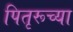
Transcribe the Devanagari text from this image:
पितृरूच्या